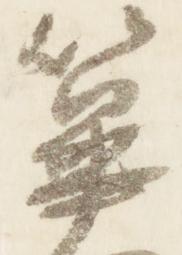
篳